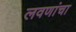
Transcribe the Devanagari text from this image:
लवणांचा